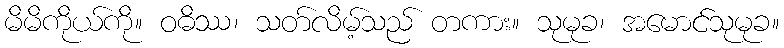
မိမိကိုယ်ကို။ ဝဓိဿ၊ သတ်လိမ့်သည် တကား။ သုမုခ၊ အမောင်သုမုခ။